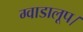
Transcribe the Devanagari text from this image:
ग्वाडालूप।